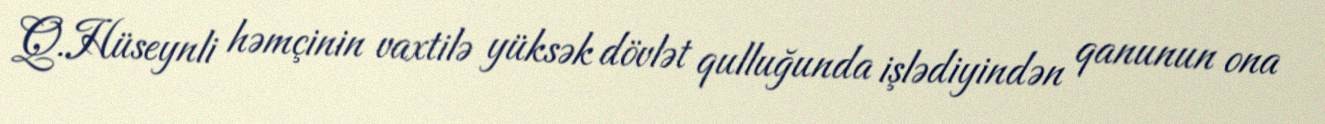
Q.Hüseynli həmçinin vaxtilə yüksək dövlət qulluğunda işlədiyindən qanunun ona